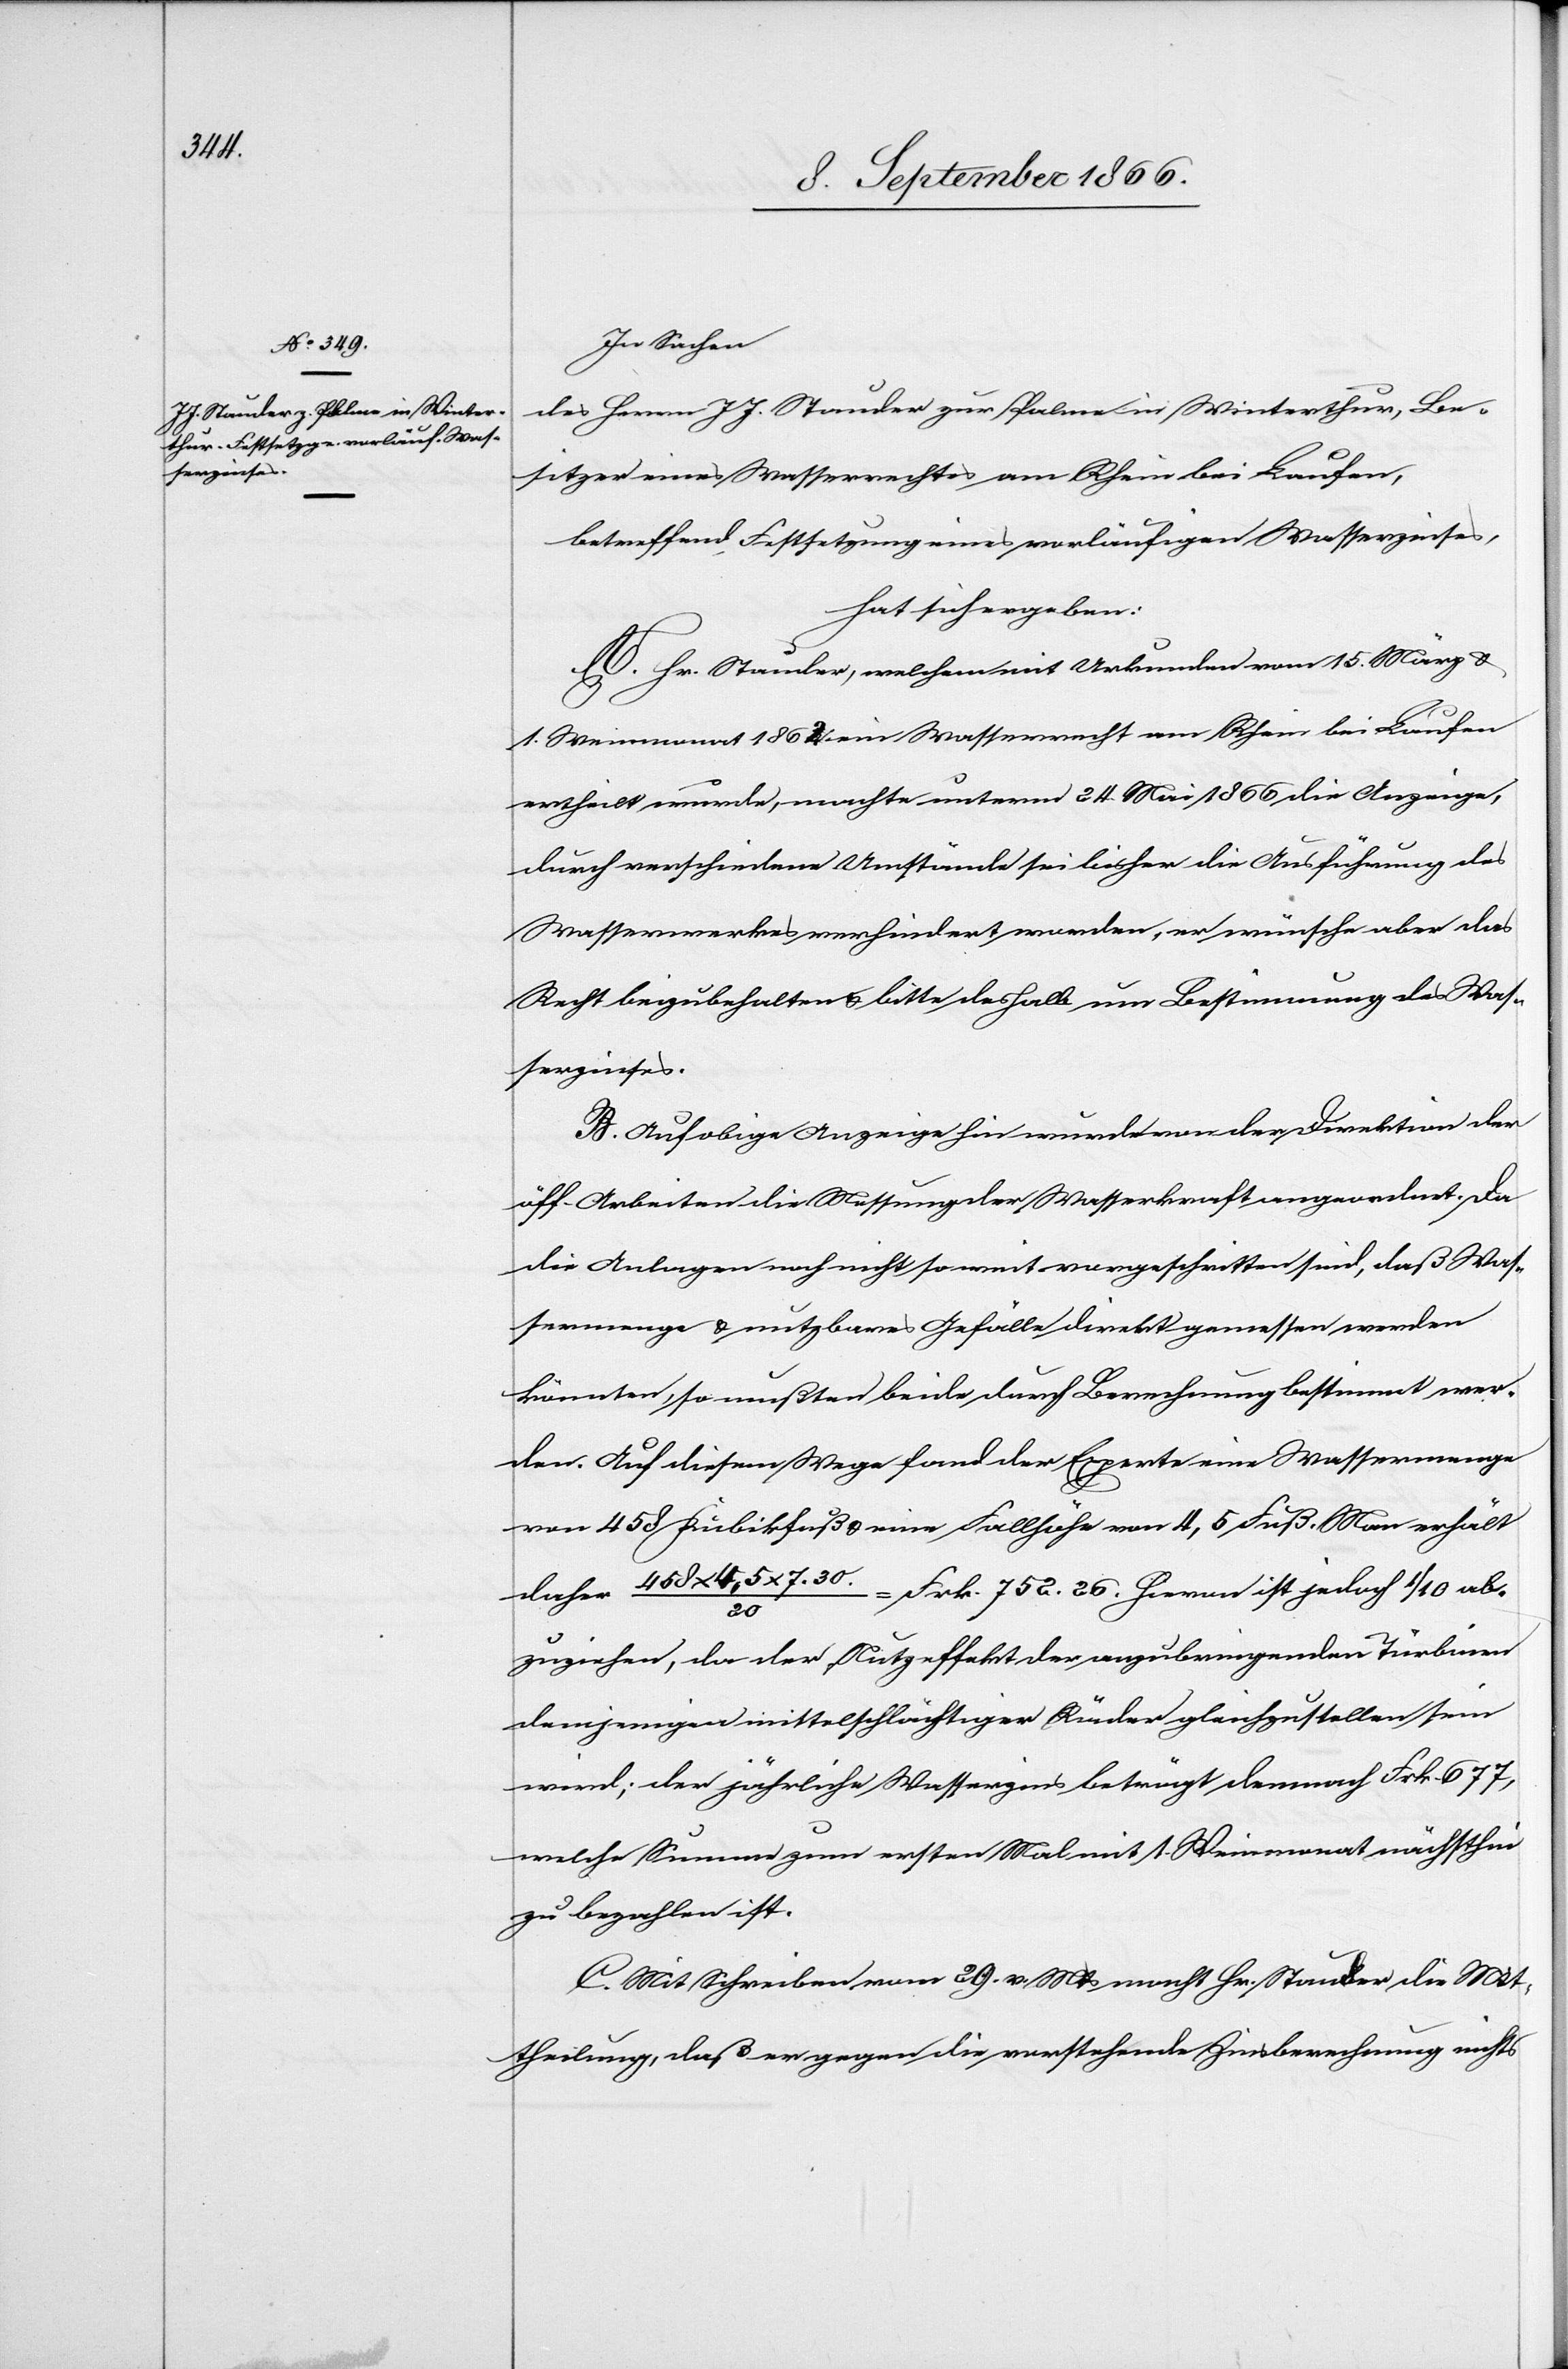
serzinses.

In Sachen
des Herren J. J. Stauder zur Palme in Winterthur, Be¬
sitzer eines Wasserrechtes am Rhein bei Laufen,
betreffend Festsetzung eines vorläufigen Wasserzinses,
hat sich ergeben:
A. Hr. Stauder, welchem mit Urkunde vom 15. März u.
1. Weinmonat 1862 ein Wasserrecht am Rhein bei Laufen
ertheilt wurde, machte unterm 24. Mai 1866 die Anzeige,
durch verschiedene Umstände sei bisher die Ausführung des
Wasserwerkes verhindert worden, er wünsche aber das
Recht beizubehalten u. bitte deshalb um Bestimmung des Was¬
B. Auf obige Anzeige hin wurde von der Direktion der
öff. Arbeiten die Messung der Wasserkraft angeordnet. Da
die Anlage noch nicht so weit vorgeschritten ist, daß Was¬
sermenge u. nutzbares Gefälle direkt gemessen werden
könnten, so mußten beide durch Berechnung bestimmt wer¬
den. Auf diesem Wege fand der Experte eine Wassermenge
von 458 Kubikfuß u. eine Fallhöhe von 4,5 Fuß. Man erhält
daher 458 x 4,5 x 7,30.
Frk. 752.26. Hievon ist jedoch 1/10 ab¬
20
zuziehen, da der Nutzeffekt der anzubringenden Türbine
demjenigen mittelschlächtiger Räder gleichzustellen sein
wird; der jährliche Wasserzins beträgt demnach Frk. 677,
welche Summe zum ersten Mal mit 1. Weinmonat nächsthin
zu bezahlen ist.
C. Mit Schreiben vom 29. v. Mts macht Hr. Stauder die Mit¬
theilung, daß er gegen die vorstehende Zinsberechnung nichts